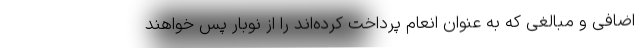
اضافی و مبالغی که به عنوان انعام پرداخت کرده‌اند را از نوبار پس خواهند